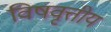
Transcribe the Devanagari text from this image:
विषवृत्तीय